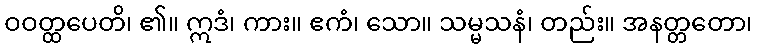
ဝဝတ္ထပေတိ၊ ၏။ ဣဒံ၊ ကား။ ဧကံ၊ သော။ သမ္မသနံ၊ တည်း။ အနတ္တတော၊